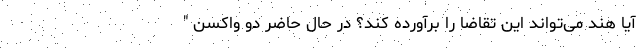
آیا هند می‌تواند این تقاضا را برآورده کند؟ در حال حاضر دو واکسن "